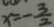
x = - \frac { 3 } { 2 }